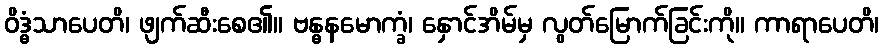
ဝိဒ္ဓံသာပေတိ၊ ဖျက်ဆီးစေ၏။ ဗန္ဓနမောက္ခံ၊ နှောင်အိမ်မှ လွတ်မြောက်ခြင်းကို။ ကာရာပေတိ၊